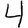
Digit: 4